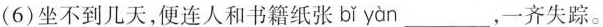
(6)坐不到几天，便连人和书籍纸张 bǐ yàn___，一齐失踪。